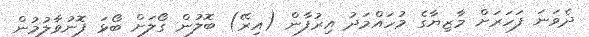
ދެވަނަ ފަހަރަށް މާޒިޔާގެ މުހައްމަދު އިރުފާން (އިރޭ) ބޮލުން ގޯލަށް ބޯޅަ ފޮނުވާލުމުން